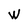
Character: W